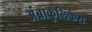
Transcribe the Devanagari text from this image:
अंब्राकुलिफेरा